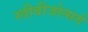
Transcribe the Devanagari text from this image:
स्त्रीबीजोत्सर्ग